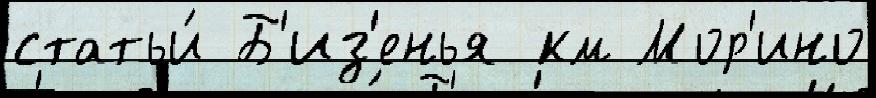
статьи́ Б'из'енья км Мор'ино